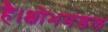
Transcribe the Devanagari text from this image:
है।क्षोभमंडल